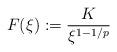
\begin{align*}F(\xi ) := \frac{K}{\xi ^{1-1/p}}\end{align*}